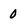
Character: 0